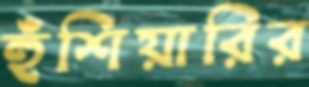
হুঁশিয়ারির